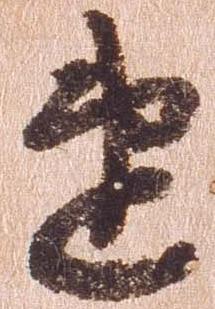
速